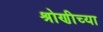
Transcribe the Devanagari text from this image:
श्रोणीच्या